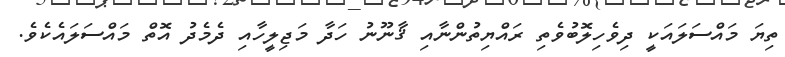
ތިޔަ މައްސަލައަކީ ދިވެހިލޮބުވެތި ރައްޔިތުންނާއި ޤާނޫނު ހަދާ މަޖިލީހާއި ދެމެދު އޮތް މައްސަލައެކެވެ.